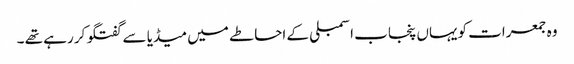
وہ جمعرات کویہاں پنجاب اسمبلی کے احاطے میں میڈیا سے گفتگو کر رہے تھے ۔